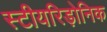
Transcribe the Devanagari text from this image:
स्टीयरिड़ोनिक